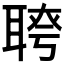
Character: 𦖔